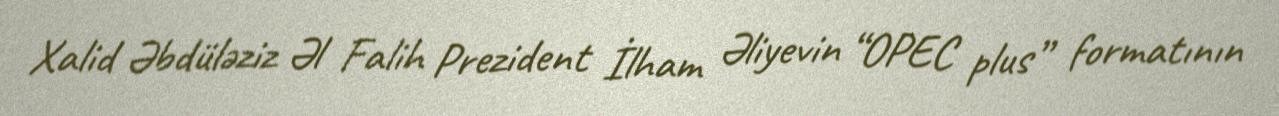
Xalid Əbdüləziz Əl Falih Prezident İlham Əliyevin “OPEC plus” formatının